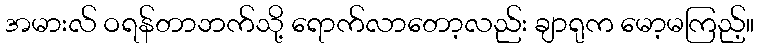
အမားလ် ဝရန်တာဘက်သို့ ရောက်လာတော့လည်း ချာရုက မော့မကြည့်။